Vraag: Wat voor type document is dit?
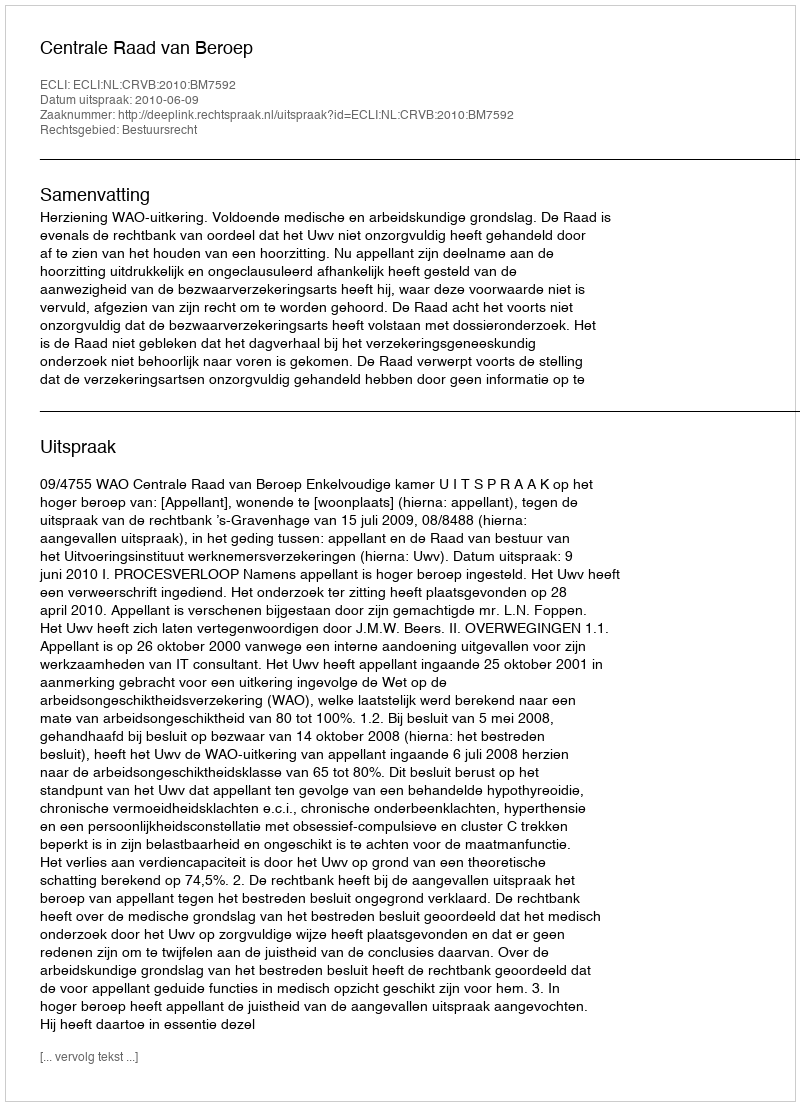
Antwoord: Uitspraak